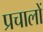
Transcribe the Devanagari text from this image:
प्रचालों